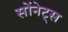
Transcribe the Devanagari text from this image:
सोंनेट्स